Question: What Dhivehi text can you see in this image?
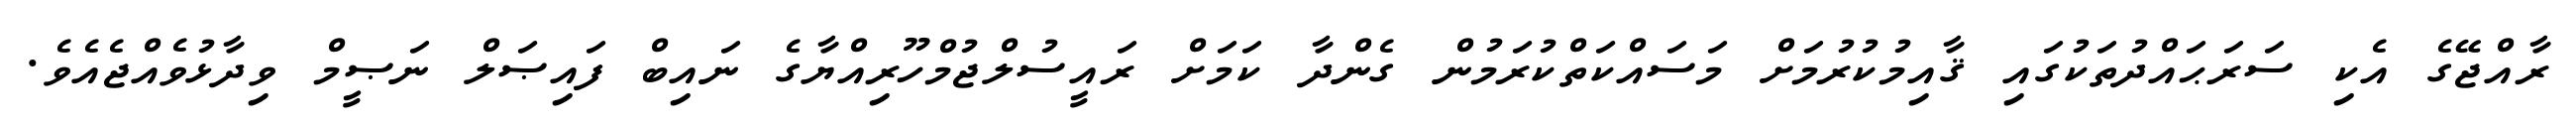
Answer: ރާއްޖޭގެ އެކި ސަރަޙައްދުތަކުގައި ޤާއިމުކުރުމަށް މަސައްކަތްކުރަމުން ގެންދާ ކަމަށް ރައީސުލްޖުމްހޫރިއްޔާގެ ނައިބް ފައިޞަލް ނަޞީމް ވިދާޅުވެއްޖެއެވެ.